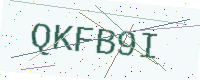
Text: QKFB9I